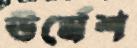
ঊর্মেশ